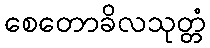
စေတောခိလသုတ္တံ